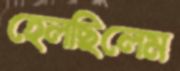
হেলছিলেম